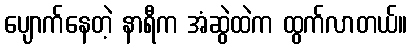
ပျောက်နေတဲ့ နာရီက အံဆွဲထဲက ထွက်လာတယ်။